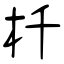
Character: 杄